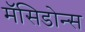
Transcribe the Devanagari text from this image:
मॅसिडोन्स